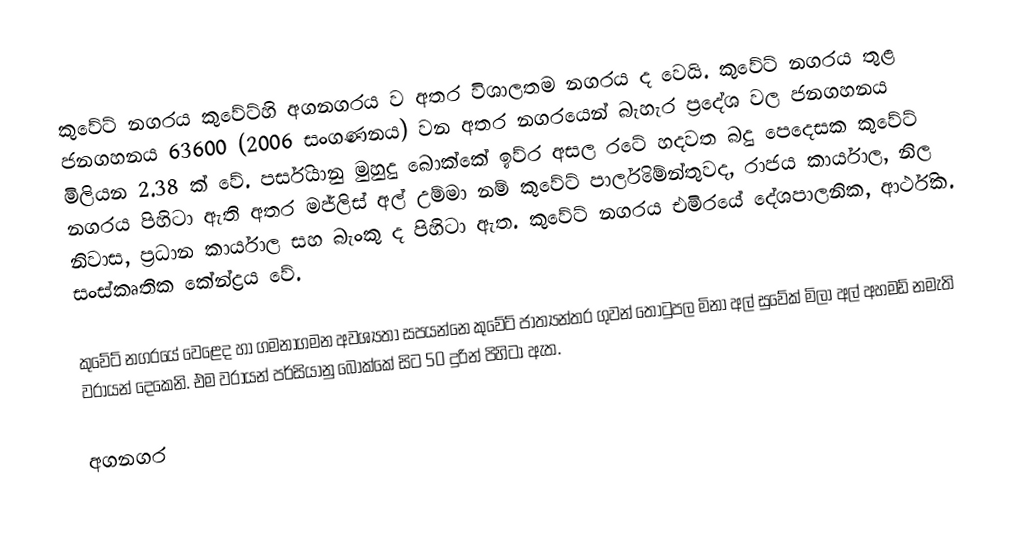
කුවේට් නගරය කුවේට්හි අගනගරය ව අතර විශාලතම නගරය ද වෙයි. කුවේට් නගරය තුළ ජනගහනය 63600 (2006 සංගණනය) වන අතර නගරයෙන් බැහැර ප්‍රදේශ වල ජනගහනය මිලියන 2.38 ක් වේ. පර්සියානු මුහුදු බොක්කේ ඉව්ර අසල රටේ හදවත බදු පෙදෙසක කුවේට් නගරය පිහිටා ඇති අතර මජ්ලිස් අල් උම්මා නම් කුවේට් පාර්ලිමේන්තුවද, රාජය කාර්යාල, නිල නිවාස, ප්‍රධාන කාර්යාල සහ බැංකු ද පිහිටා ඇත. කුවේට් නගරය එමිරයේ දේශපාලනික, ආර්ථික. සංස්කෘතික කේන්ද්‍රය වේ.

කුවේට් නගරයේ වෙළෙද හා ගමනාගමන අවශ්‍යතා සපයන්නෙ කුවේට් ජාත්‍යන්තර ගුවන් තොටුපල මිනා අල් සුවේක් මිලා අල් අහමඩ් නමැති වරායන් දෙකෙනි. එම වරායන් පර්සියානු බොක්කේ සිට 50 දුරින් පිහිටා ඇත.

අගනගර